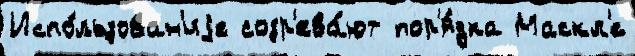
Испо́льзован'иjе созр'ева́ют пор'я́дка Маскл'е